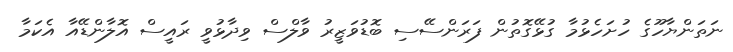
ނަތަންޔާހޫގެ ހުށަހެޅުމާ ގުޅޭގޮތުން ފަރަންސޭސި ބޮޑުވަޒީރު ވާލްސް ވިދާޅުވީ ރައީސް އޮލާންޑޭއާ އެކަމާ